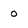
Character: 0